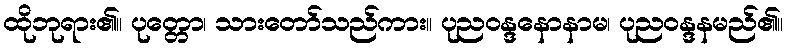
ထိုဘုရား၏။ ပုတ္တော၊ သားတော်သည်ကား။ ပုညဝန္ဒနောနာမ၊ ပုညဝန္ဒနမည်၏။